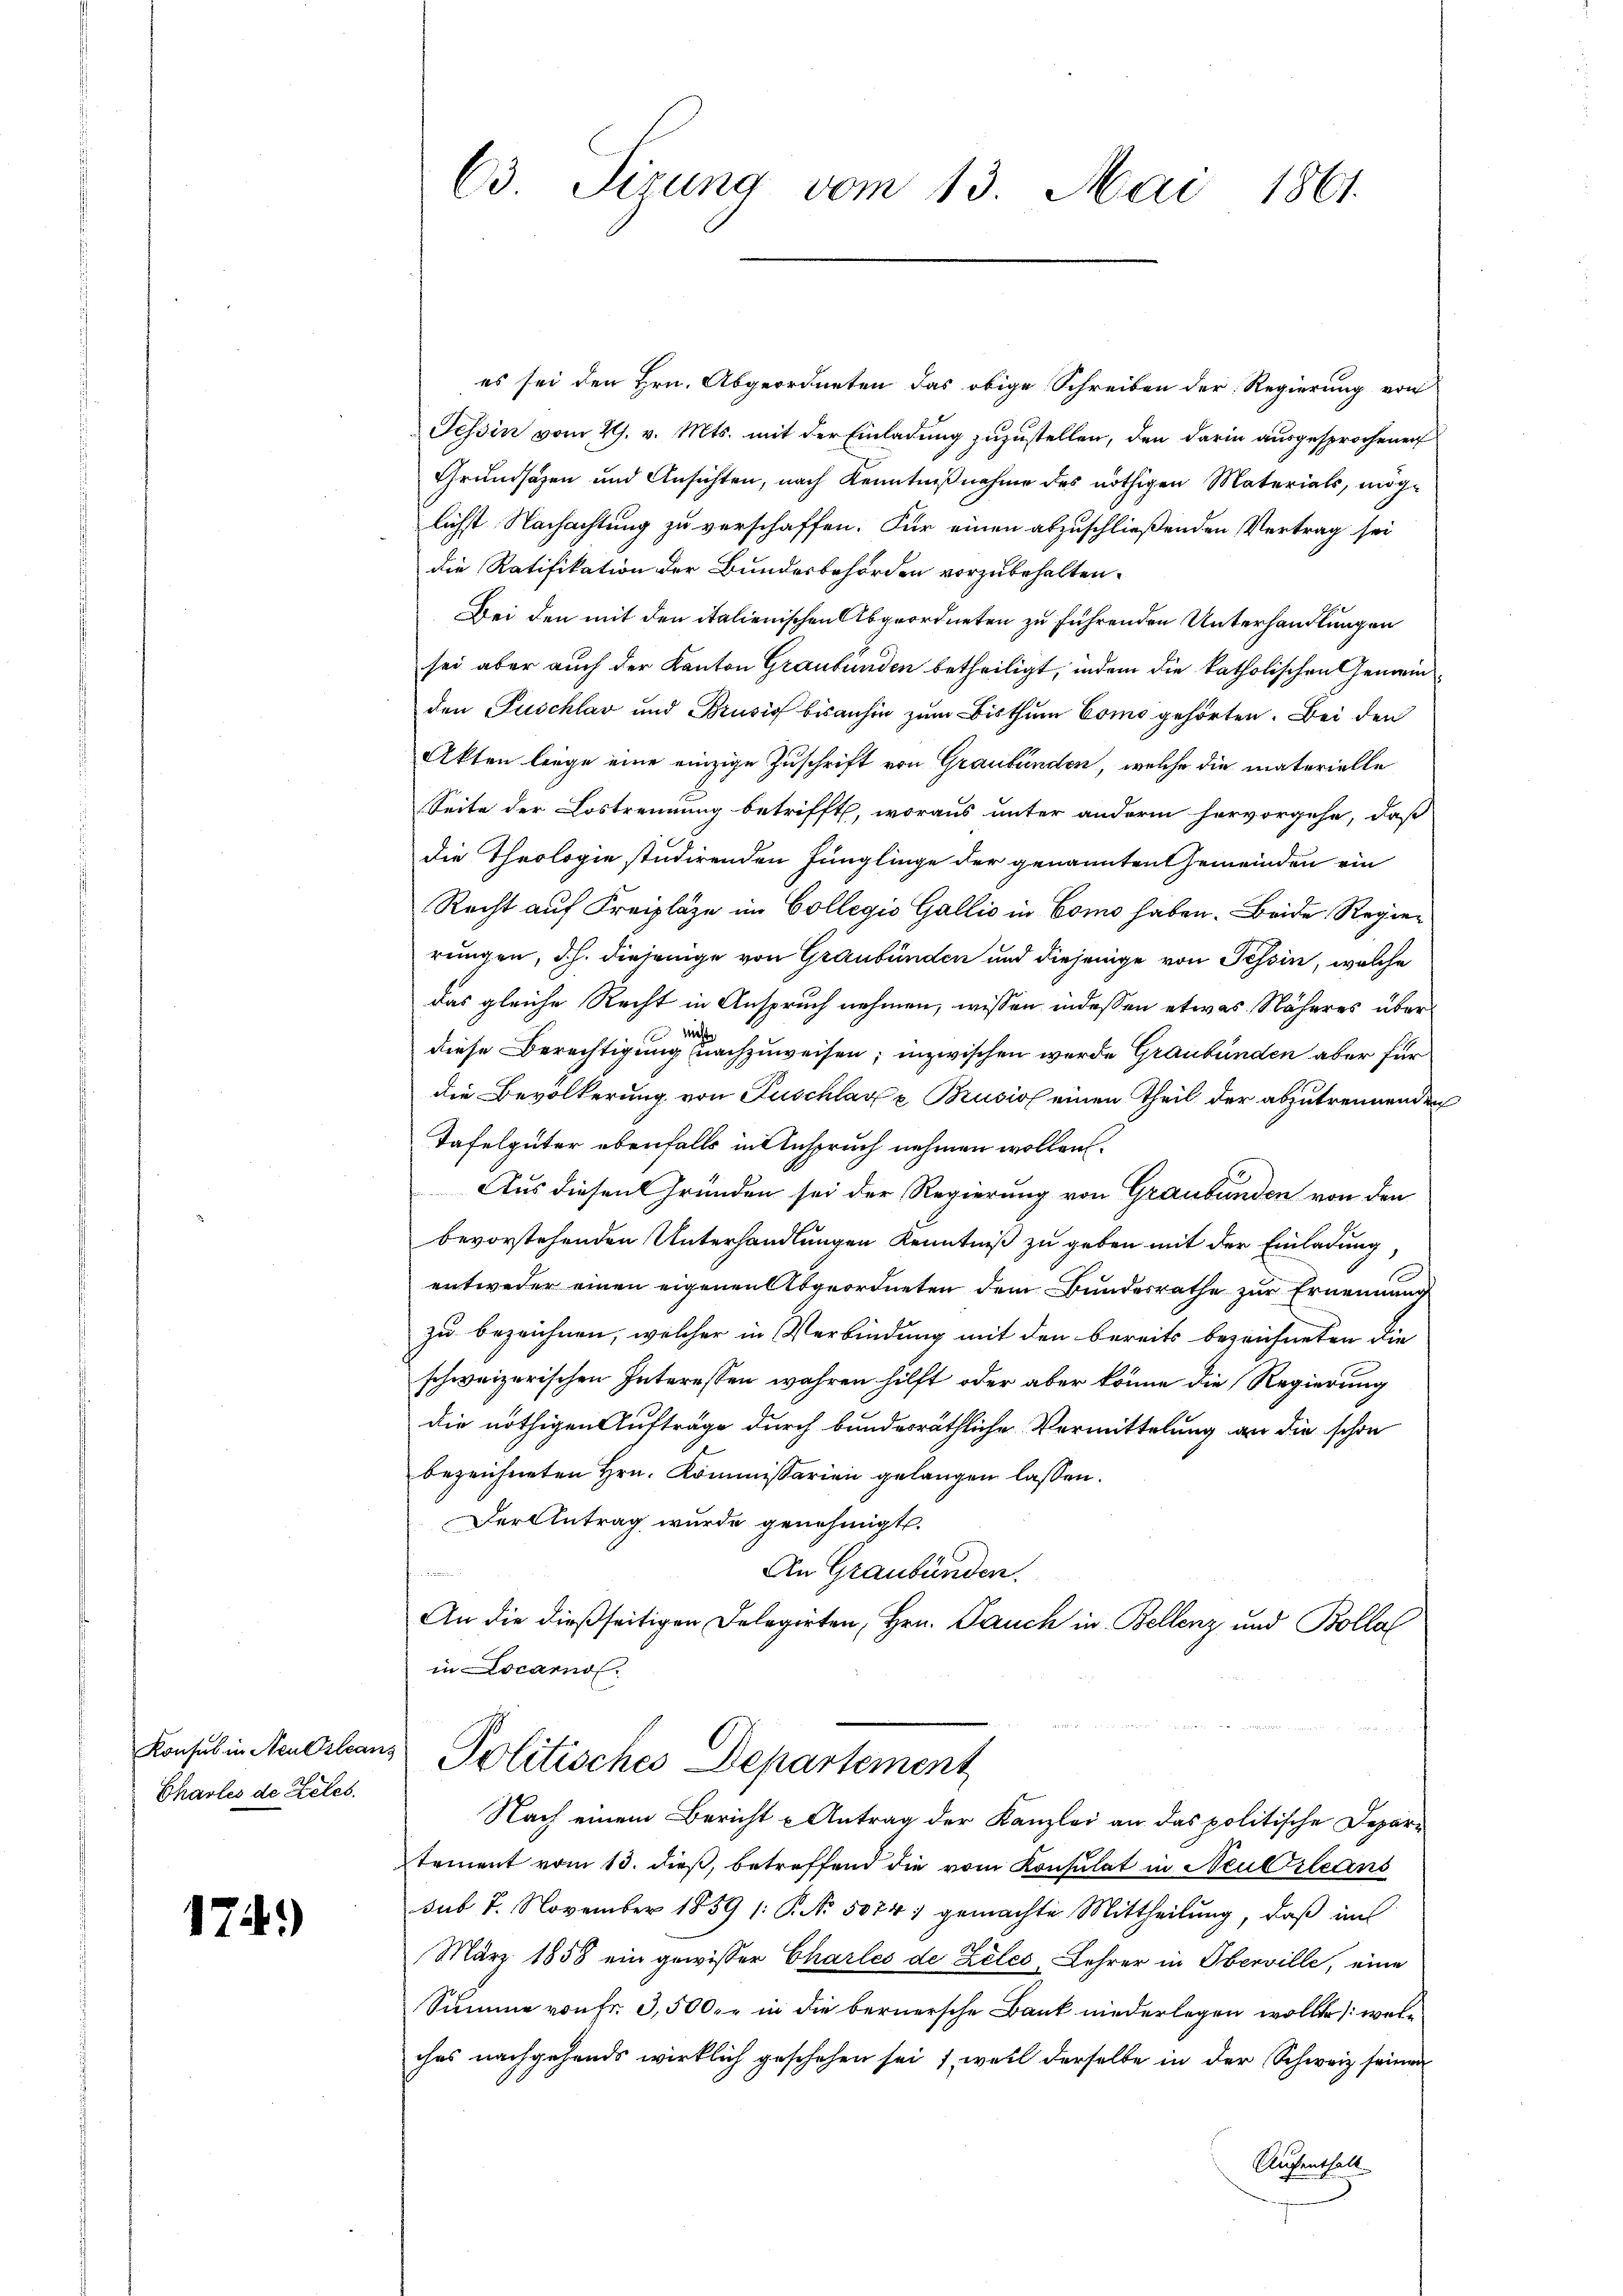
Konsul in Neueslear
Charles de Zeles.

17.)

63 Sizung vom 13. Mai 1861.

es sei den Hrn. Abgeordneten das obige Schreiben der Regierung von
Tessin vom 29. v. Mts. mit der Einladung zuzustellen, den darin ausgesprochenen
Grundsazen und Ansichten, nach Kenntnißnahme des nöthigen Materials, möglichst Nachachtung zu verschaffen. Für einen abzuschließenden Vertrag sei
die Ratifikation der Bundesbehörden vorzubehalten.
Bei den mit den italienischen Abgeordneten zu führenden Unterhandlungen
sei aber auch der Kanton Graubünden betheiligt, indem die katholischen Gemeinden Puschlav und Brusio bisanhin zum Bisthum Como gehörten. Bei den
Akten liege eine einzige Zuschrift von Graubünden, welche die materielle
Seite der Lostrennung betrifft, woraus unter anderm hervorgehe, daß
die Theologie studirenden Jünglinge der genannten Gemeinden ein
Recht auf Kreiplaze im Collegio Gallis in Como haben. Beide Regier
rungen, d.h. diejenige von Graubünden und diejenige von Tessin, welche
das gleiche Recht in Anspruch nehmen, wissen indessen etwas Näheres über
d
nicht
diese Berechtigung nachzuweisen; inzwischen werde Graubünden aber für
die Bevölkerung von Fuschlag e Brusios einen Theil der abzutrennenden
Tafelgüter ebenfalls in Anspruch nehmen wollen.
Aus diesen Gründen sei der Regierung von Graubünden von den
bevorstehenden Unterhandlungen Kenntniß zu geben mit der Einladung,
entweder einen eigenen Abgeordneten dem Bundesrathe zur Ernennung
zu bezeichnen, welcher in Verbindung mit den bereits bezeichneten die
schweizerischen Interessen wahren hilft, oder aber könne die Regierung
die nöthigen Aufträge durch bundesräthliche Vermittelung an die schon
bezeichneten Hrn. Kommissarien gelangen lassen.
Der Antrag wurde genehmigt.
An Graubünden.
n
An die dießseitigen Delegirten, Hrn. Pauch in Bellenz und Bolla
in Locarno.
 Politisches Departement
Nach einem Bericht u Antrag der Kanzlei an das politische Depar-
tement vom 13. dieß, betreffend die vom Konsulat in Neubileans
sub 7. November 1859 /: P. No. 5074) gemachte Mittheilŭng, daβ im
März 1858 ein gewisser Charles de Zeles, Lehrer in Oberville, eine
Summe von Fr. 3,500. r in die bernersche Bank niederlegen wollte, welc
ches nachgehends wirklich geschehen sei, weil derselbe in der Schweiz seinen
Aufenthalt.